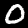
Label: 0